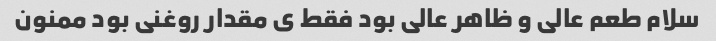
سلام طعم عالی و ظاهر عالی بود فقط ی مقدار روغنی بود ممنون